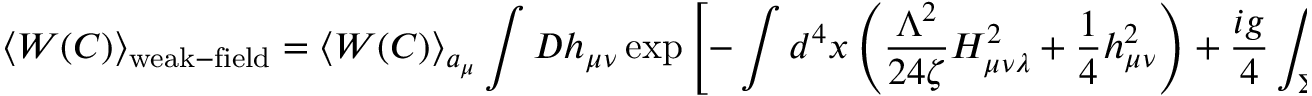
\left< W ( C ) \right> _ { \mathrm { w e a k - f i e l d } } = \left< W ( C ) \right> _ { a _ { \mu } } \int { \cal D } h _ { \mu \nu } \exp \left[ - \int d ^ { 4 } x \left( \frac { \Lambda ^ { 2 } } { 2 4 \zeta } H _ { \mu \nu \lambda } ^ { 2 } + \frac 1 4 h _ { \mu \nu } ^ { 2 } \right) + \frac { i g } { 4 } \int _ { \Sigma _ { \mathrm { m i n . } } } ^ { } d \sigma _ { \mu \nu } h _ { \mu \nu } \right] ,